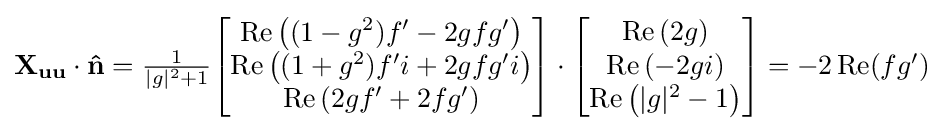
{\textstyle \mathbf {X_{uu}} \cdot \mathbf {\hat {n}} ={\frac {1}{|g|^{2}+1}}{\begin{bmatrix}\operatorname {Re} \left((1-g^{2})f'-2gfg'\right)\\\operatorname {Re} \left((1+g^{2})f'i+2gfg'i\right)\\\operatorname {Re} \left(2gf'+2fg'\right)\\\end{bmatrix}}\cdot {\begin{bmatrix}\operatorname {Re} \left(2g\right)\\\operatorname {Re} \left(-2gi\right)\\\operatorname {Re} \left(|g|^{2}-1\right)\\\end{bmatrix}}=-2\operatorname {Re} (fg')}